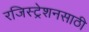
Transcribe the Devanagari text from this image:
रजिस्ट्रेशनसाठी